Vaccination returns of the Province of Eastern Bengal and Assam - 1905-1912
Year: 1905
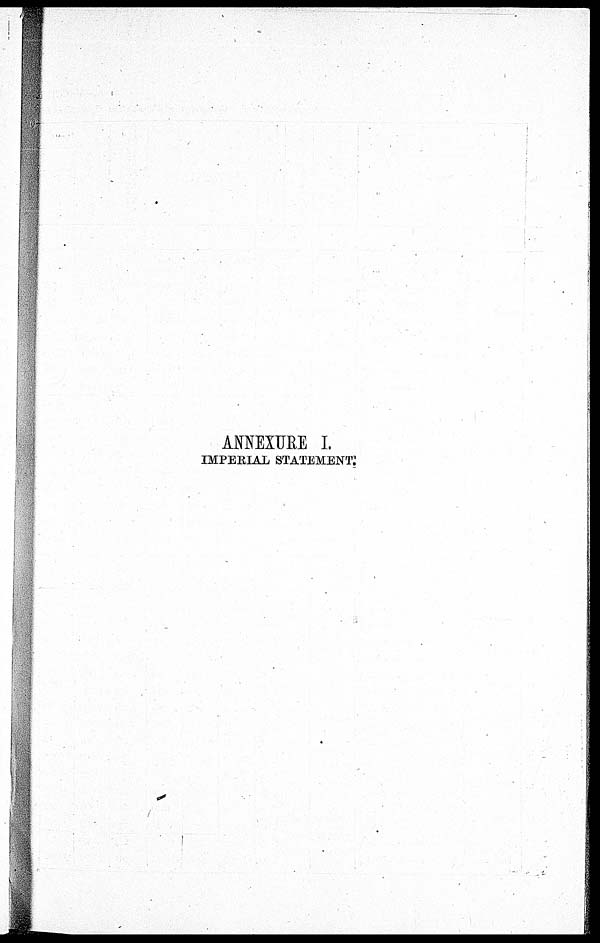
ANNEXURE I.
IMPERIAL STATEMENT.